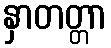
နှာတတ္တာ